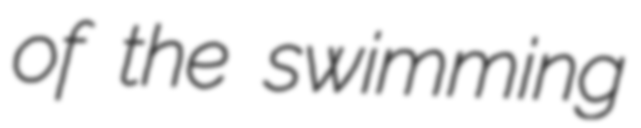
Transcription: of the swimming